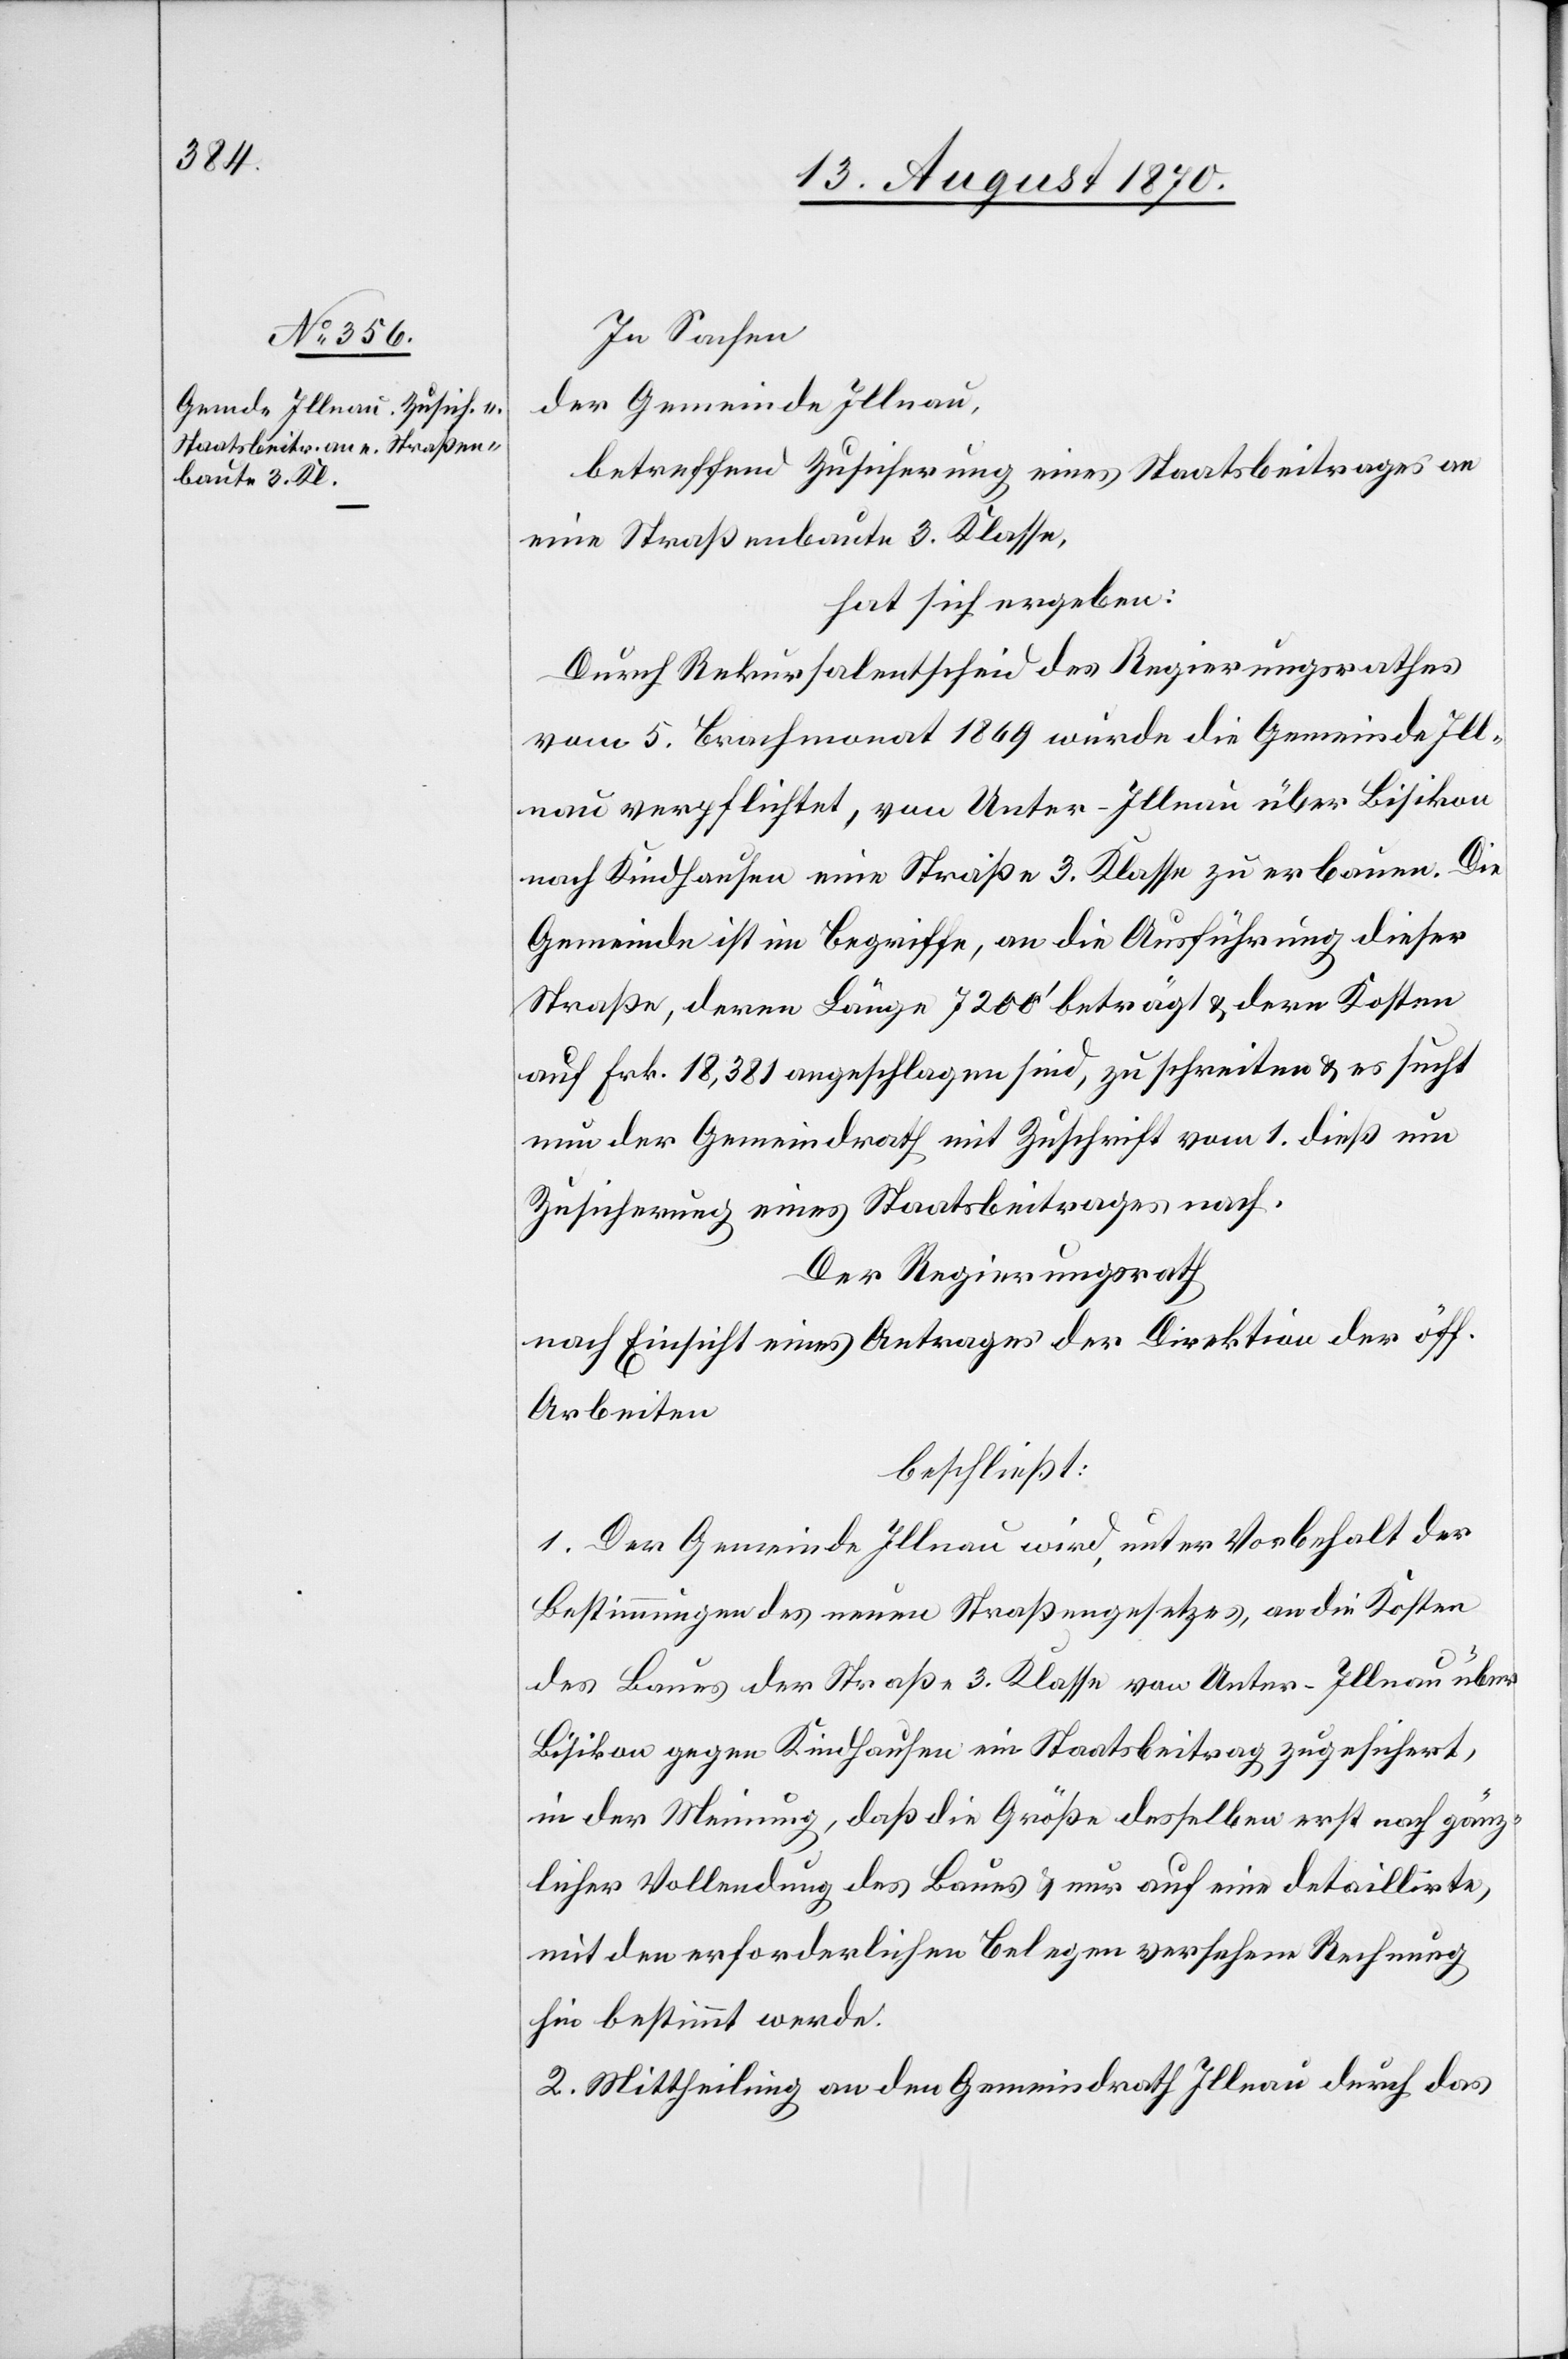
In Sachen
der Gemeinde Illnau
betreffend Zusicherung eines Staatsbeitrages an
eine Straßenbaute 3. Klasse,
hat sich ergeben:
Durch Rekursalentscheid des Regierungsrathes
vom 5. Brachmonat 1869 wurde die Gemeinde Ill¬
nau verpflichtet, von Unter-Illnau über Bisikon
nach Kindhausen eine Straße 3. Klasse zu erbauen. Die
Gemeinde ist im Begriffe, an die Ausführung dieser
Straße, deren Länge 7200’ beträgt & deren Kosten
auf Frk. 18,381 angeschlagen sind, zu schreiten & es sucht
nun der Gemeindrath mit Zuschrift vom 1. dieß um
Zusicherung eines Staatsbeitrages nach.
Der Regierungsrath
nach Einsicht eines Antrages der Direktion der öff.
Arbeiten
beschließt:
1. Der Gemeinde Illnau wird, unter Vorbehalt der
Bestimmungen des neuen Straßengesetzes, an die Kosten
des Baues der Straße 3. Klasse von Unter-Illnau über
Bisikon gegen Kindhausen ein Staatsbeitrag zugesichert,
in der Meinung, daß die Größe desselben erst nach gänz¬
licher Vollendung des Baues & nur auf eine detaillirte,
mit den erforderlichen Belegen versehene Rechnung
hin bestimmt werde.
2. Mittheilung an den Gemeindrath Illnau durch das